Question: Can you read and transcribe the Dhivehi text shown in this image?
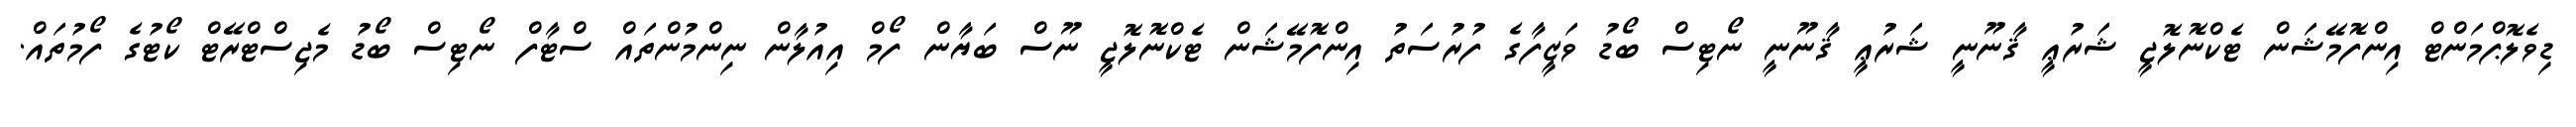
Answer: ޑިވެލޮޕްމަންޓް އިންފޮމޭޝަން ޓެކްނޮލޮޖީ ޝަރުޢީ ޤާނޫނީ ޝަރުޢީ ޤާނޫނީ ނޯޓިސް ބޯޑު ވަޒީފާގެ ފުރުސަތު އިންފޮމޭޝަން ޓެކްނޮލޮޖީ ނޫސް ބަޔާން ފޯމް އިއުލާން ނިންމުންތައް ސްޓާފް ނޯޓިސް ބޯޑު މެޖިސްޓްރޭޓް ކޯޓުގެ ފޯމުތައް.